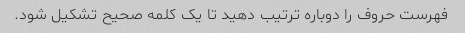
فهرست حروف را دوباره ترتیب دهید تا یک کلمه صحیح تشکیل شود.